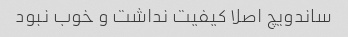
ساندویچ اصلا کیفیت نداشت و خوب نبود